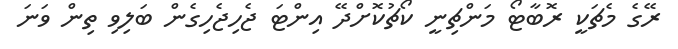
ރޭގެ މެޗަކީ ރޮބާޓޯ މަންޗިނީ ކޯޗުކޮށްދޭ އިންޓަ ޖެހިޖެހިގެން ބަލިވި ތިން ވަނަ